Account of plague administration in the Bombay Presidency from September 1896 till May 1897
Year: 1896
Disease focus: Plague
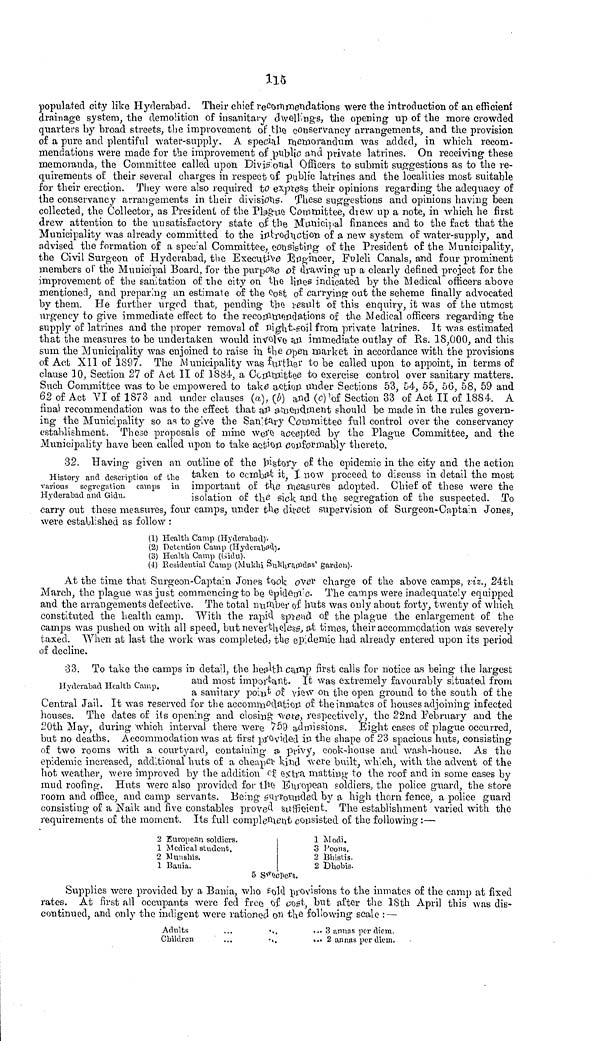
115
populated city like Hyderabad. Their chief recommendations were the introduction of an efficient
drainage system, the demolition of insanitary dwellings, the opening up of the more crowded
quarters by broad streets, the improvement of the conservancy arrangements, and the provision
of a pure and plentiful water-supply. A special memorandum was added, in which recom-
mendations were made for the improvement of public and private latrines. On receiving these
memoranda, the Committee called upon Divisional Officers to submit suggestions as to the re-
quirements of their several charges in respect of public latrines and the localities most suitable
for their erection. They were also required to express their opinions regarding the adequacy of
the conservancy arrangements in their divisions. These suggestions and opinions having been
collected, the Collector, as President of the Plague Committee, drew up a note, in which he first
drew attention to the un satisfactory state of the Municipal finances and to the fact that the
Municipality was already committed to the introduction of a new system of water-supply, and
advised the formation of a special Committee, consisting of the President of the Municipality,
the Civil Surgeon of Hyderabad, the Executive Engineer, Fuleli Canals, and four prominent
members of the Municipal Board, for the purpose of drawing up a clearly defined project for the
improvement of the sanitation of the city on the lines indicated by the Medical officers above
mentioned, and preparing an estimate of the cost of carrying out the scheme finally advocated
by them. He further urged that, pending the result of this enquiry, it was of the utmost
urgency to give immediate effect to the recommendations of the Medical officers regarding the
supply of latrines and the proper removal of night-soil from private latrines. It was estimated
that the measures to be undertaken would involve an immediate outlay of Rs. 18,000, and this
sum the Municipality was enjoined to raise in the open market in accordance with the provisions
of Act XII of 1897. The Municipality was further to be called upon to appoint, in terms of
clause 10, Section 27 of Act II of 1884, a Committee to exercise control over sanitary matters.
Such Committee was to be empowered to take action under Sections 53, 54, 55, 56, 58, 59 and
62 of Act VI of 1873 and under clauses (a), (b) and (c)' of Section 33 of Act II of 1884. A
fina) recommendation was to the effect that an amendment should be made in the rules govern-
ing the Municipality so as to give the Sanitary Committee full control over the conservancy
establishment. These proposals of mine were accepted by the Plague Committee, and the
Municipality have been called upon to take action conformably thereto.
History
and
description
of
the
various
segregation
camps
in
Hyderabad
and
Gidu.
32. Having given an outline of the history of the epidemic in the city and the action
taken to ccmbat it, I now proceed to discuss in detail the most
important of the measures adopted. Chief of these were the
isolation
of the sick and the segregation of the su
carry out these measures, four camps, under the direct supervision of Surgeon-Captain Jones,
were established as follow :
(1) Health Camp (Hyderabad).
(2) Detention Camp'(Hyderabad).
(3) Health Camp (Gidu).
(4) Residential Camp (Mukhi Sukhramdas' garden).
At the time that Surgeon-Captain Jones took over charge of the above camps, viz., 24th
March, the plague was just commencing to be epidemic. The camps were inadequately equipped
and the arrangements defective. The total number of huts was only about forty, twenty of which
constituted the health camp. With the rapid spread of the plague the enlargement of the
camps was pushed on with all speed, but nevertheless, at times, their accommodation was severely
taxed. When at last the work was completed, the epidemic had already entered upon its period
of decline.
Hyderabad Health Camp.
33. To take the camps in detail, the health camp first calls for notice as being the largest
and most important. It was extremely favourably situated from
a sanitary point of view on the open ground to the south of the
Central Jail. It was reserved for the accommodation of the inmates of houses adjoining infected
houses. The dates of its opening and closing were, respectively, the 22nd February and the
20th May, during which interval there were 759 admissions. Eight cases of plague occurred,
but no deaths. Accommodation was at first provided in the shape of 23 spacious huts, consisting
of two rooms with a courtyard, containing a privy, cook-house and wash-house. As the
epidemic increased, additional huts of a cheaper kind were built, which, with the advent of the
hot weather, were improved by the addition of extra matting to the roof and in some cases by
mud roofing. Huts were also provided for the European soldiers, the police guard, the store
room and office, and camp servants. Being surrounded by a high thorn fence, a police guard
consisting of a Naik and five constables proved sufficient. The establishment varied with the
requirements of the moment. Its full complement consisted of the following :—
2 European soldiers.
1 Modi.
1 Medical student.
3 Peons.
2 Munshis.
2 Bhistis.
1 Bania.
2 Dhobis.
5 Sweepers.
Supplies were provided by a Bania, who hold provisions to the inmates of the camp at fixed
rates. At first all occupants were fed free of cost, but after the 18th April this was die-
continued, and only the indigent were rationed on the following scale: —
Adults
...
....
... 3 annas per diem.
Children
...
...
... 2 annas per diem.